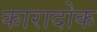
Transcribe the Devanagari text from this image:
कारादोक